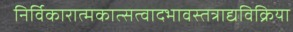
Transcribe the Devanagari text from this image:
निर्विकारात्मकात्सत्वादभावस्तत्राद्यविक्रिया